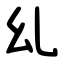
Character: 乣